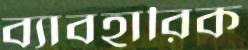
ব্যাবহারিক